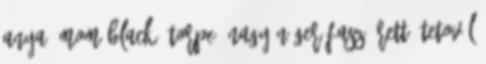
anya, mom black, torpe, nagy néger fasz érett, tetovál